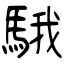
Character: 騀